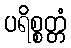
ပရိစ္စတ္တံ